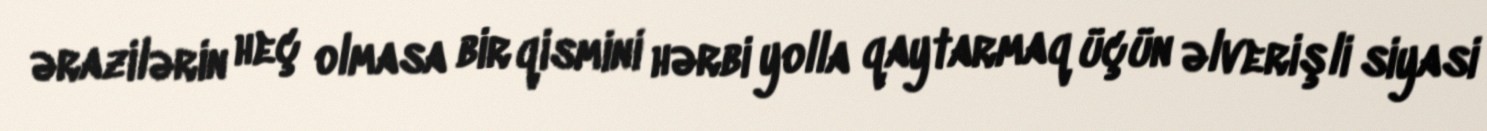
ərazilərin heç olmasa bir qismini hərbi yolla qaytarmaq üçün əlverişli siyasi